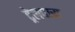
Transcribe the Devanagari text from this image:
ट्रेलपास